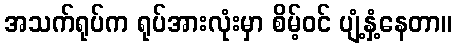
အသက်ရုပ်က ရုပ်အားလုံးမှာ စိမ့်ဝင် ပျံ့နှံ့နေတာ။